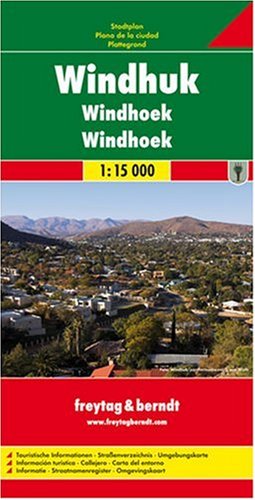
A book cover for Windhoek City Map FB 1:15K (English, French and German Edition); Freytag & Berndt; Travel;